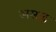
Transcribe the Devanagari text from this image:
असाढ़